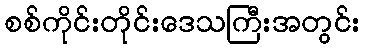
စစ်ကိုင်းတိုင်းဒေသကြီးအတွင်း